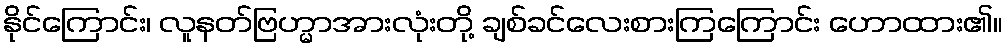
နိုင်ကြောင်း၊ လူနတ်ဗြဟ္မာအားလုံးတို့ ချစ်ခင်လေးစားကြကြောင်း ဟောထား၏။